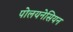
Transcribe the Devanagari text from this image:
पोलयनेसियन